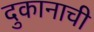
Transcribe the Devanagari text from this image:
दुकानाची